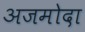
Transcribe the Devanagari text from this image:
अजमोदा